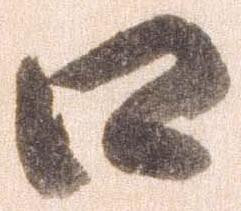
口